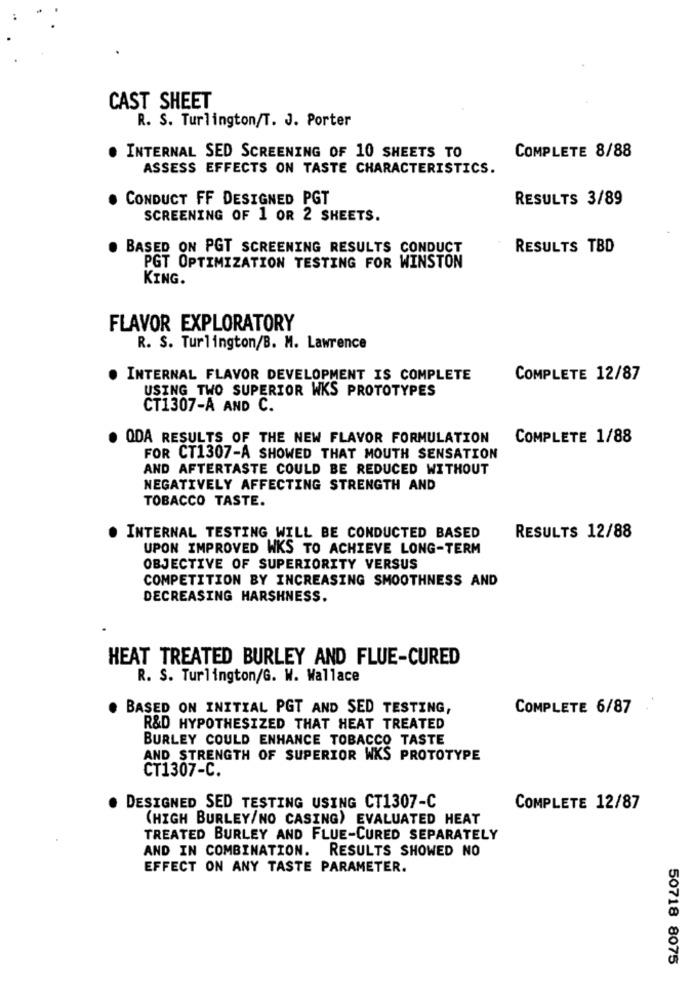
CAST SHEET
R. S. Turlington/T. J. Porter
INTERNAL SED SCREENING OF 10 SHEETS TO
COMPLETE 8/88
ASSESS EFFECTS ON TASTE CHARACTERISTICS.
CONDUCT FF DESIGNED PGT
RESULTS 3/89
SCREENING OF 1 OR 2 SHEETS.
BASED ON PGT SCREENING RESULTS CONDUCT
RESULTS TBD
PGT OPTIMIZATION TESTING FOR WINSTON
KING.
FLAVOR EXPLORATORY
R. S. Turlington/B. M. Lawrence
INTERNAL FLAVOR DEVELOPMENT IS COMPLETE
COMPLETE 12/87
USING TWO SUPERIOR WKS PROTOTYPES
CT1307-A AND C.
. ODA RESULTS OF THE NEW FLAVOR FORMULATION
COMPLETE 1/88
FOR CT1307-A SHOWED THAT MOUTH SENSATION
AND AFTERTASTE COULD BE REDUCED WITHOUT
NEGATIVELY AFFECTING STRENGTH AND
TOBACCO TASTE.
INTERNAL TESTING WILL BE CONDUCTED BASED
RESULTS 12/88
UPON IMPROVED WKS TO ACHIEVE LONG-TERM
OBJECTIVE OF SUPERIORITY VERSUS
COMPETITION BY INCREASING SMOOTHNESS AND
DECREASING HARSHNESS.
HEAT TREATED BURLEY AND FLUE-CURED
R. S. Turlington/G. W. Wallace
BASED ON INITIAL PGT AND SED TESTING,
COMPLETE 6/87
R&D HYPOTHESIZED THAT HEAT TREATED
BURLEY COULD ENHANCE TOBACCO TASTE
AND STRENGTH OF SUPERIOR WKS PROTOTYPE
CT1307-C.
DESIGNED SED TESTING USING CT1307-C
COMPLETE 12/87
(HIGH BURLEY/NO CASING) EVALUATED HEAT
TREATED BURLEY AND FLUE-CURED SEPARATELY
AND IN COMBINATION. RESULTS SHOWED NO
EFFECT ON ANY TASTE PARAMETER.
50718 8075